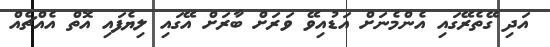
އަދި ގޭތެރޭގައި އެންމެނަށް އަޑުއިވޭ ވަރަށް ބާރަށް އޭގައި ލިޔެފައި އޮތް އެއްޗެއް